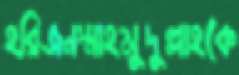
হরিজনস্মাহমুদুল্লাহকে